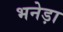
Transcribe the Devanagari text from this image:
भनेड़ा